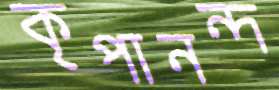
কৃপানন্দ